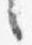
言